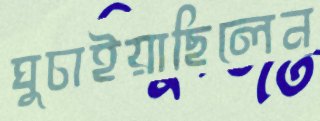
ঘুচাইয়াছিলেন